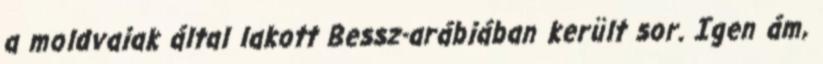
a moldvaiak által lakott Bessz-arábiában került sor. Igen ám,